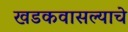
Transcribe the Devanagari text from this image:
खडकवासल्याचे